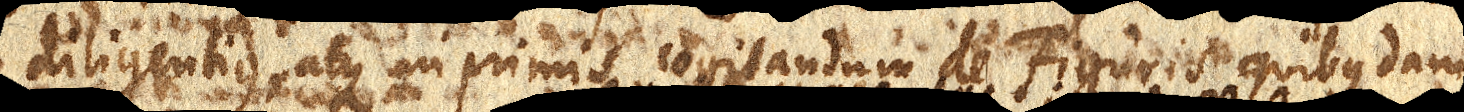
diligentius, atque inprimis cogitandum de Figuris quibusdam